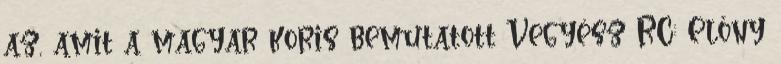
az, amit a magyar koris bemutatott Vegyész RC: Előny